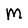
Character: M